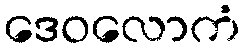
ဒေဝလောကံ